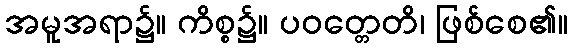
အမူအရာ၌။ ကိစ္စ၌။ ပဝတ္တေတိ၊ ဖြစ်စေ၏။